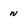
Character: n